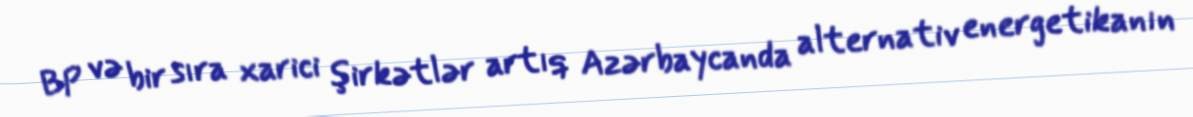
BP və bir sıra xarici şirkətlər artıq Azərbaycanda alternativ energetikanın